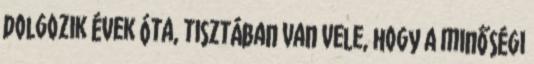
dolgozik évek óta, tisztában van vele, hogy a minőségi